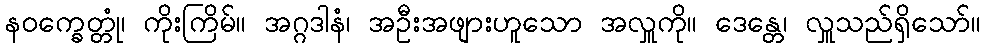
နဝက္ခေတ္တုံ၊ ကိုးကြိမ်။ အဂ္ဂဒါနံ၊ အဦးအဖျားဟူသော အလှူကို။ ဒေန္တေ၊ လှူသည်ရှိသော်။